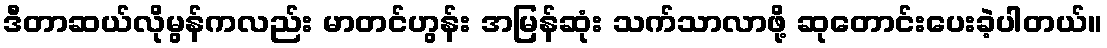
ဒီတာဆယ်လိုမွန်ကလည်း မာတင်ဟွန်း အမြန်ဆုံး သက်သာလာဖို့ ဆုတောင်းပေးခဲ့ပါတယ်။